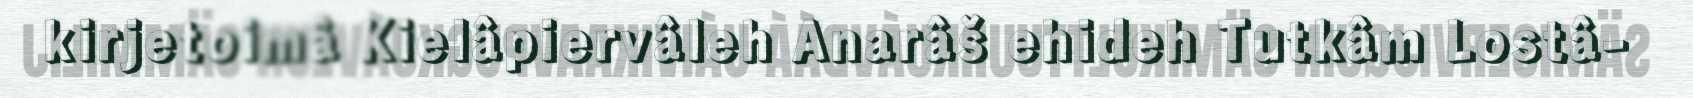
kirjetoimâ Kielâpiervâleh Anarâš ehideh Tutkâm Lostâ-